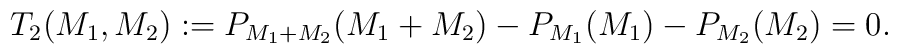
T_2(M_1, M_2):= P_{M_1 + M_2}(M_1 +M_2)- P_{M_1}(M_1)-P_{M_2}(M_2) =0.